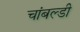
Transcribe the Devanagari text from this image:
चांबल्डी